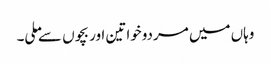
وہاں میں مردوخواتین اور بچوں سے ملی۔